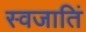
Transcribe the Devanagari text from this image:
स्वजातिं